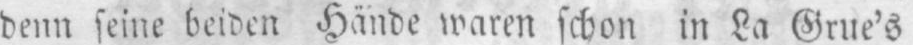
denn seine beiden Hände waren schon in La Grue’s